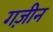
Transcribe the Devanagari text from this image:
गज़ीन